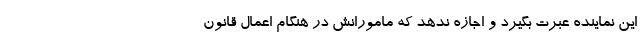
این نماینده عبرت بگیرد و اجازه ندهد که مامورانش در هنگام اعمال قانون